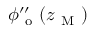
\phi _ { \mathrm { ~ o ~ } } ^ { \prime \prime } ( z _ { \mathrm { ~ M ~ } } )